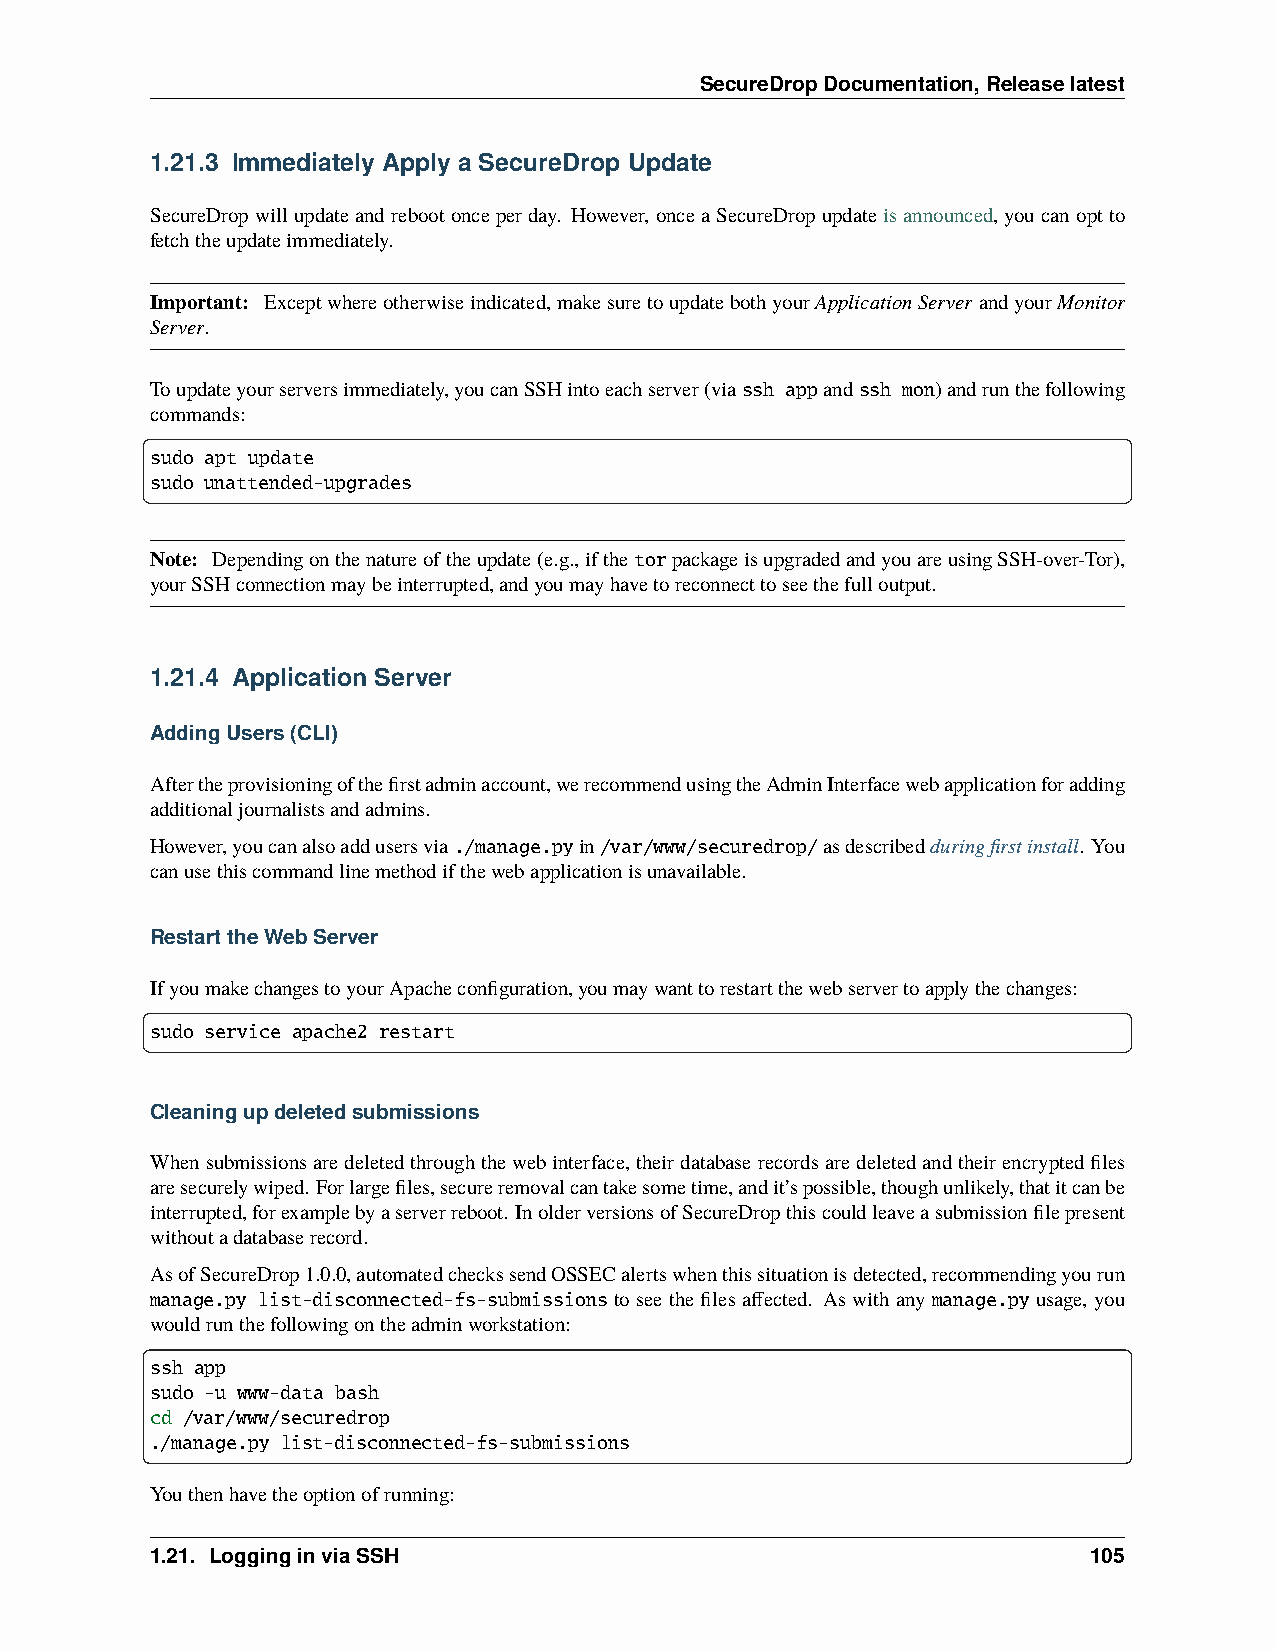
SecureDropDocumentation,Releaselatest
 1.21.3 Immediately Apply a SecureDrop Update
 SecureDropwillupdateandrebootonceperday. However, onceaSecureDropupdateisannounced, youcanoptto
 fetchtheupdateimmediately.
 Important: Exceptwhereotherwiseindicated,makesuretoupdatebothyourApplicationServer andyourMonitor
 Server.
 Toupdateyourserversimmediately,youcanSSHintoeachserver(viassh appandssh mon)andrunthefollowing
 commands:
 sudo apt update
 sudo unattended-upgrades
 Note: Dependingonthenatureoftheupdate(e.g.,ifthetorpackageisupgradedandyouareusingSSH-over-Tor),
 yourSSHconnectionmaybeinterrupted,andyoumayhavetoreconnecttoseethefulloutput.
 1.21.4 Application Server
 AddingUsers(CLI)
 Aftertheprovisioningofthefirstadminaccount,werecommendusingtheAdminInterfacewebapplicationforadding
 additionaljournalistsandadmins.
 However,youcanalsoaddusersvia./manage.pyin/var/www/securedrop/asdescribedduringfirstinstall. You
 canusethiscommandlinemethodifthewebapplicationisunavailable.
 RestarttheWebServer
 IfyoumakechangestoyourApacheconfiguration,youmaywanttorestartthewebservertoapplythechanges:
 sudo service apache2 restart
 Cleaningupdeletedsubmissions
 Whensubmissionsaredeletedthroughthewebinterface,theirdatabaserecordsaredeletedandtheirencryptedfiles
 aresecurelywiped. Forlargefiles,secureremovalcantakesometime,andit’spossible,thoughunlikely,thatitcanbe
 interrupted,forexamplebyaserverreboot. InolderversionsofSecureDropthiscouldleaveasubmissionfilepresent
 withoutadatabaserecord.
 AsofSecureDrop1.0.0,automatedcheckssendOSSECalertswhenthissituationisdetected,recommendingyourun
 manage.py list-disconnected-fs-submissions to see the files affected. As with any manage.py usage, you
 wouldrunthefollowingontheadminworkstation:
 ssh app
 sudo -u www-data bash
 cd /var/www/securedrop
 ./manage.py list-disconnected-fs-submissions
 Youthenhavetheoptionofrunning:
 1.21. LogginginviaSSH                                         105